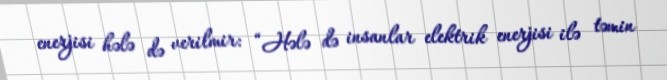
enerjisi hələ də verilmir: “Hələ də insanlar elektrik enerjisi ilə təmin